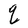
Character: q